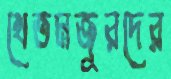
খেতমজুরদের